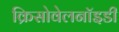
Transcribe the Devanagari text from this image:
क्रिसोवेलनॉइडी